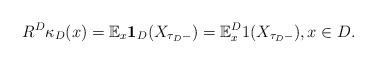
LaTeX: \begin{align*}R^D\kappa_D(x)=\mathbb E_x\mathbf1_D(X_{\tau_D-})=\mathbb E^D_x1(X_{\tau_D-}),x\in D.\end{align*}